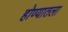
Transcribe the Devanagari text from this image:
होण्यातला